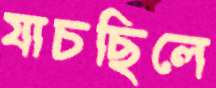
যাচছিলে